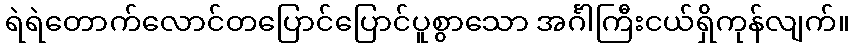
ရဲရဲတောက်လောင်တပြောင်ပြောင်ပူစွာသော အင်္ဂါကြီးငယ်ရှိကုန်လျက်။